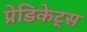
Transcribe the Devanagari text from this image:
प्रेडिकेट्स